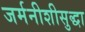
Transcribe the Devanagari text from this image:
जर्मनीशीसुद्धा